Annual report on the Civil Veterinary Department, Burma (including the Insein Veterinary School) - 1932-1941
Year: 1932
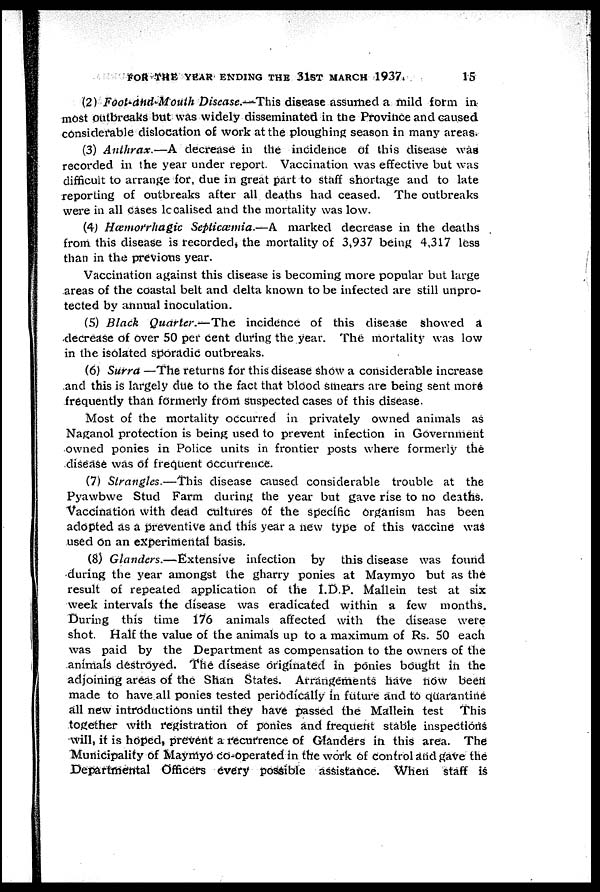
FOR THE YEAR ENDING THE 31ST MARCH 1937.
15
(2) Foot-and-Mouth Disease.—This disease assumed a mild form in
most outbreaks but was widely disseminated in the Province and caused
considerable dislocation of work at the ploughing season in many areas.
(3) Anthrax.—A decrease in the incidence of this disease was
recorded in the year under report. Vaccination was effective but was
difficult to arrange for, due in great part to staff shortage and to late
reporting of outbreaks after all deaths had ceased. The outbreaks
were in all cases localised and the mortality was low.
(4) Hæmorrhagic Septicæmia.—A marked decrease in the deaths
from this disease is recorded, the mortality of 3,937 being 4,317 less
than in the previous year.
Vaccination against this disease is becoming more popular but large
areas of the coastal belt and delta known to be infected are still unpro-
tected by annual inoculation.
(5) Black Quarter.—The incidence of this disease showed a
decrease of over 50 per cent during the year. The mortality was low
in the isolated sporadic outbreaks.
(6) Surra —The returns for this disease show a considerable increase
and this is largely due to the fact that blood smears are being sent more
frequently than formerly from suspected cases of this disease.
Most of the mortality occurred in privately owned animals as
Naganol protection is being used to prevent infection in Government
owned ponies in Police units in frontier posts where formerly the
disease was of frequent Occurrence.
(7) Strangles.—This disease caused considerable trouble at the
Pyawbwe Stud Farm during the year but gave rise to no deaths.
Vaccination with dead cultures of the specific organism has been
adopted as a preventive and this year a new type of this vaccine was
used on an experimental basis.
(8) Glanders.—Extensive
infection by this disease was found
during the year amongst the gharry ponies at Maymyo but as the
result of repeated application of the I.D.P. Mallein test at six
week intervals the disease was eradicated within a few months.
During this time 176 animals affected with the disease were
shot. Half the value of the animals up to a maximum of Rs. 50 each
was paid by the Department as compensation to the owners of the
animals destroyed. The disease originated in ponies bought in the
adjoining areas of the Shan States. Arrangements have now been
made to have all ponies tested periodically in future and to quarantine
all new introductions until they have passed the Mallein test This
together with registration of ponies and frequent stable inspections
will, it is hoped, prevent a recurrence of Glanders in this area. The
Municipality of Maymyo co-operated in the work of control and gave the
Departmental Officers every possible assistance. When staff is